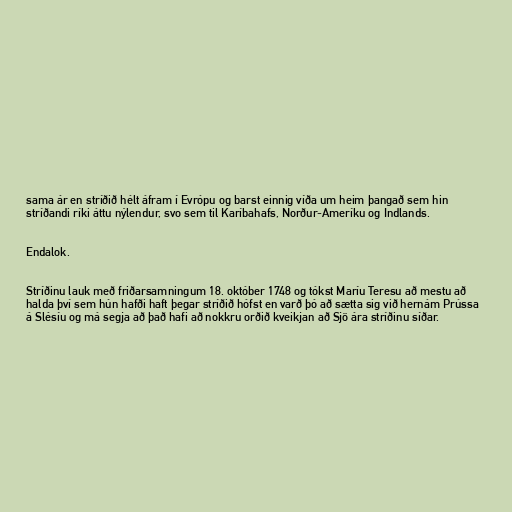
sama ár en stríðið hélt áfram í Evrópu og barst einnig víða um heim þangað sem hin
stríðandi ríki áttu nýlendur, svo sem til Karíbahafs, Norður-Ameríku og Indlands.

Endalok.

Stríðinu lauk með friðarsamningum 18. október 1748 og tókst Maríu Teresu að mestu að
halda því sem hún hafði haft þegar stríðið hófst en varð þó að sætta sig við hernám Prússa
á Slésíu og má segja að það hafi að nokkru orðið kveikjan að Sjö ára stríðinu síðar.